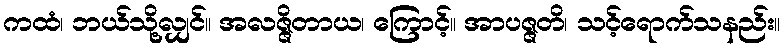
ကထံ၊ ဘယ်သို့လျှင်။ အလဇ္ဇိတာယ၊ ကြောင့်။ အာပဇ္ဇတိ၊ သင့်ရောက်သနည်း။